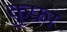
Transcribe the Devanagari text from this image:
कुफ्रा